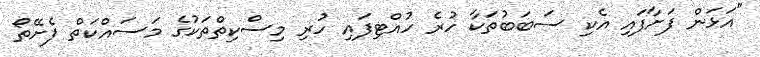
"އަޅަން ފަށާފައި އެކި ސަބަބުތަކާ ހުރެ ހުއްޓިފައި ހުރި މިސްކިތްތަކުގެ މަސައްކަތް ފެށޭތޯ